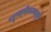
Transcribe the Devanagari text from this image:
बहुपत्‍नीकत्वामुळे